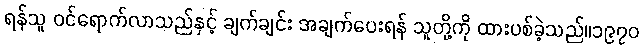
ရန်သူ ဝင်ရောက်လာသည်နှင့် ချက်ချင်း အချက်ပေးရန် သူတို့ကို ထားပစ်ခဲ့သည်။၁၉၇၀